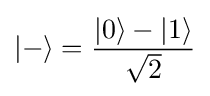
|-\rangle ={\frac {|0\rangle -|1\rangle }{\sqrt {2}}}